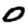
Digit: 0